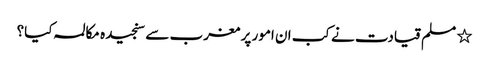
٭ مسلم قیادت نے کب ان امور پر مغرب سے سنجیدہ مکالمہ کیا؟